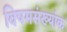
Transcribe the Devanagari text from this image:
विषमसंख्यांक